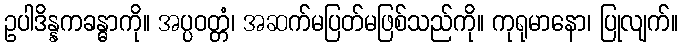
ဥပါဒိန္နကခန္ဓာကို။ အပ္ပဝတ္တံ၊ အဆက်မပြတ်မဖြစ်သည်ကို။ ကုရုမာနော၊ ပြုလျက်။